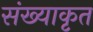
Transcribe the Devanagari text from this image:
संख्याकृत